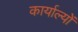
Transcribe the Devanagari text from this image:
कार्याल्यों